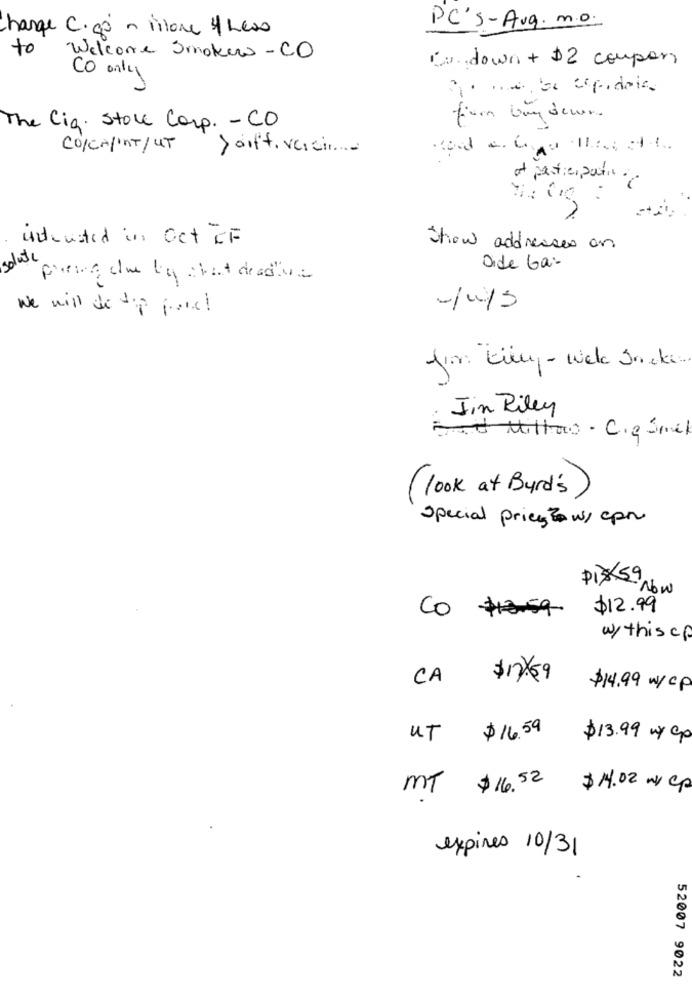
PC'S-Avg. m.o.
charge C.go ~ vitore 4 Less
to
Welcome Smokew -CO
Cu down + $2 coupon
Co only
for buy dewer.
The Cia. Store Corp. - CO
CO/CAP'nT/ UT
>oiff, versi ....
of participating.
ideasted in Oct OF
Show addresses on
solute
Dide Ga-
we will de sip porel
from: Küng- Web Incken
Jin Riley
Bed Millao . C.g Smel
( look at Byrd's)
special prices ? w/ cpn
PIXSNOW
Co #59
$12.99
wy this cp
CA
$14.99 w/ cp
UT
$16.59
$13.99 my cp
MT $ 16.52 $14.02 w/ Cp
expires 10/31
52007 9022